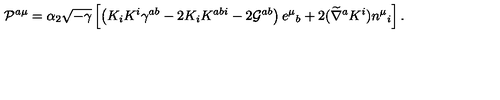
{ \cal P } ^ { a \mu } = \alpha _ { 2 } \sqrt { - \gamma } \left[ \left( K _ { i } K ^ { i } \gamma ^ { a b } - 2 K _ { i } K ^ { a b i } - 2 { \cal G } ^ { a b } \right) e ^ { \mu } { } _ { b } + 2 ( \widetilde \nabla ^ { a } K ^ { i } ) n ^ { \mu } { } _ { i } \right] .